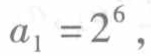
\(a_{1}=2^{6}\)